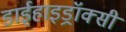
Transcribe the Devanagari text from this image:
डाईहाइड्रॉक्सी